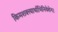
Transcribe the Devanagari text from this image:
किमशक्त्यार्थाभिनिवेशेन।